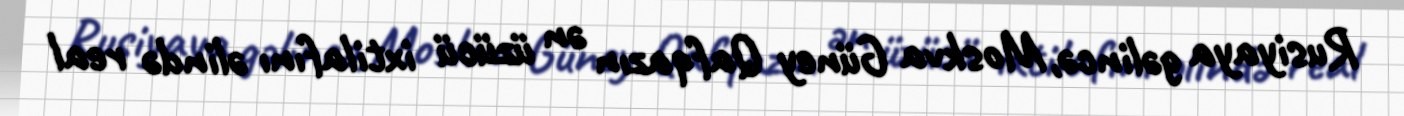
Rusiyaya gəlincə, Moskva Güney Qafqazın ən üzücü ixtilafını əlində real